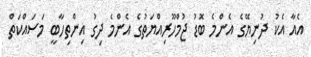
އެއާ އެކު ދުނިޔޭގެ އެންމެ ބޮޑު ޖުމްހޫރިއްޔަތުގެ އެންމެ ދިގު އިންތިހާބީ މަސައްކަތް